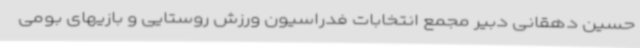
حسین دهقانی دبیر مجمع انتخابات فدراسیون ورزش روستایی و بازیهای بومی